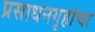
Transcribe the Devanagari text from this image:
प्रसाधनगृहांचा